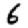
Digit: 6